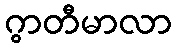
ဂွာတီမာလာ